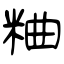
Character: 粬